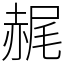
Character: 䞔